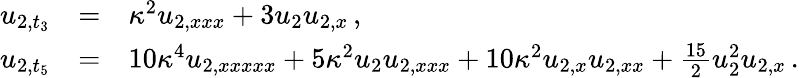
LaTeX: \begin{array}{rcl}{{u_{2,t_{3}}}}&{{=}}&{{\kappa^{2}u_{2,xxx}+3u_{2}u_{2,x}\, ,}}\\ {{u_{2,t_{5}}}}&{{=}}&{{10\kappa^{4}u_{2,xxxxx}+5\kappa^{2}u_{2}u_{2,xxx}+10\kappa^{2}u_{2,x}u_{2,xx}+\frac{15}{2}u_{2}^{2}u_{2,x}\, .}}\end{array}